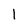
Character: 1